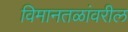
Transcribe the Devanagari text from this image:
विमानतळांवरील